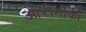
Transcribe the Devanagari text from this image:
ओरीनीको